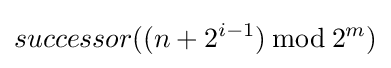
successor((n+2^{i-1})\,{\bmod {\,}}2^{m})